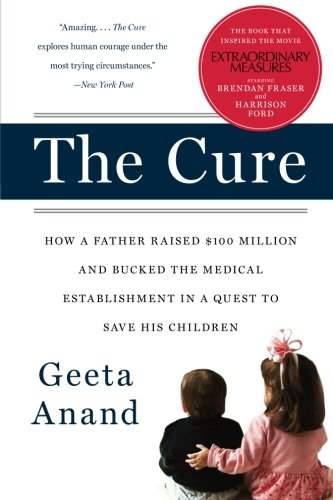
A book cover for The Cure: How a Father Raised $100 Million--and Bucked the Medical Establishment--in a Quest to Save His Children; Geeta Anand; Health, Fitness & Dieting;